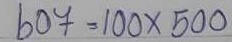
607 = 100 x 500